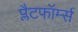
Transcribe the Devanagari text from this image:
प्लैटफॉर्म्स